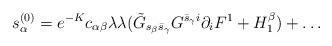
LaTeX: \begin{align*}s_{\alpha}^{(0)}=e^{-K}c_{\alpha\beta}\lambda\lambda(\tilde{G}_{s_{\beta}\bar{s}_{\gamma}}G^{\bar{s}_{\gamma}i}\partial_iF^1+H_1^{\beta}) +\dots \end{align*}